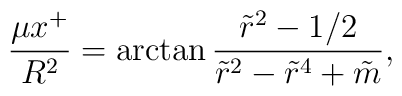
{{\mu x^+} \over R^2}  = \arctan {{\tilde r^2 - 1/2}  \over {\tilde r^2 - \tilde r^4 + \tilde m} },